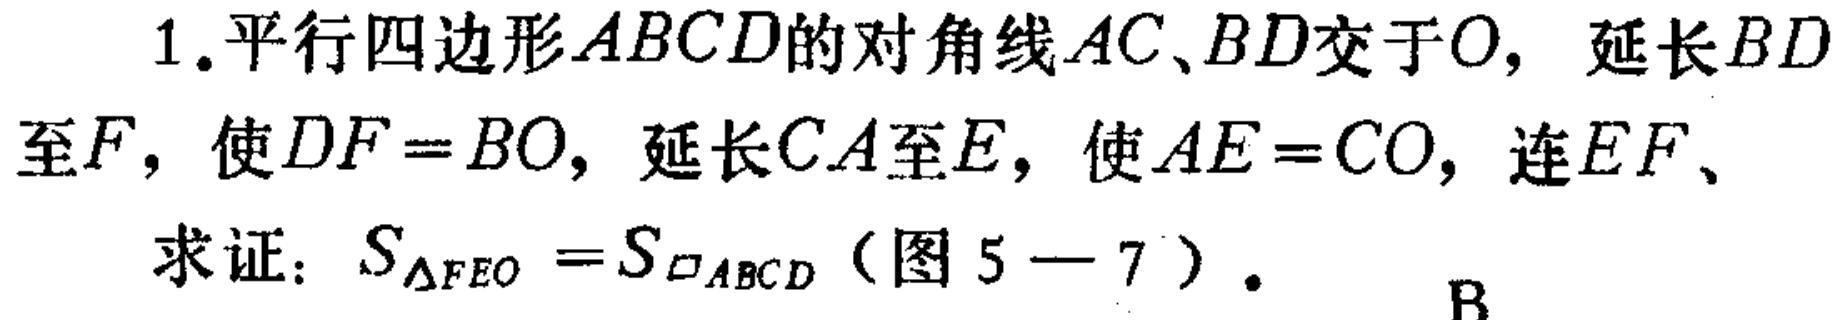
1.平行四边形\(ABCD\)的对角线\(AC、BD\)交于\(O\)，延长\(BD\)至\(F\)，使\(DF = BO\)，延长\(CA\)至\(E\)，使\(AE = CO\)，连\(EF\)、
求证：\(S_{\triangle FEO}=S_{\square ABCD}\)（图\(5 - 7\)）.